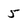
Character: 5